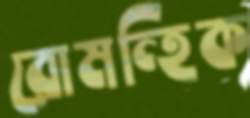
রোমন্হিক